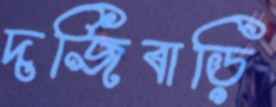
দর্জিবাড়ি